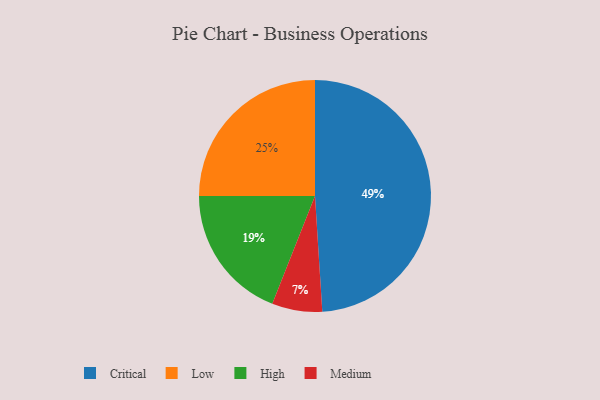
{"axis": {"x": "Category", "y": "Percentage"}, "legend": ["Critical", "High", "Low", "Medium"], "data": [{"x": "High", "y": 19, "type": "High"}, {"x": "Medium", "y": 7, "type": "Medium"}, {"x": "Low", "y": 25, "type": "Low"}, {"x": "Critical", "y": 49, "type": "Critical"}]}